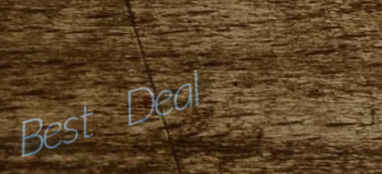
Best Deal